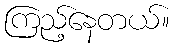
ကြည့်နေတယ်။